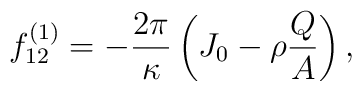
f_{12}^{\left(1\right)} =-\frac{2\pi}{\kappa}\left( J_{0} - \rho \frac{Q}{A}\right),